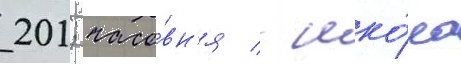
201; часо́вн'я / шко́ла